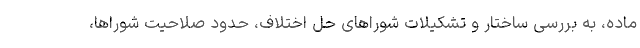
ماده، به بررسی ساختار و تشکیلات شوراهای حل اختلاف، حدود صلاحیت شوراها،